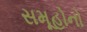
સમૂહોનો